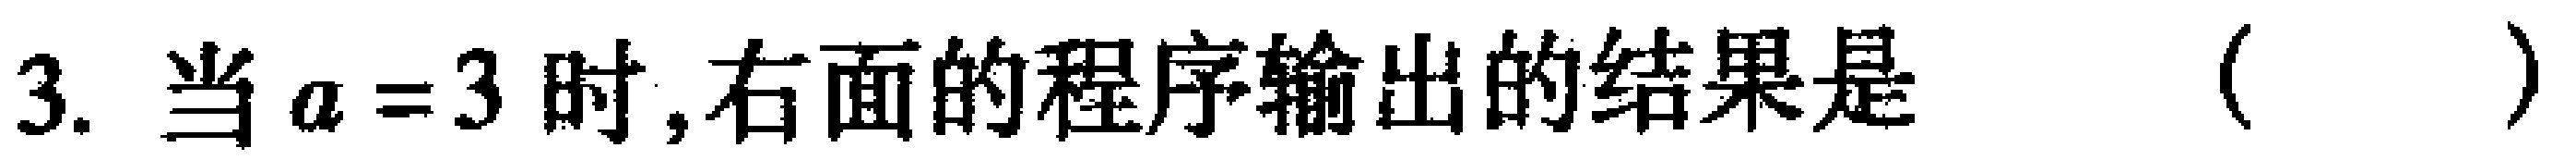
3. 当$a = 3$时,右面的程序输出的结果是 （  ）